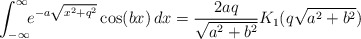
\begin{align*}\int_{-\infty}^{\infty}\!\! e^{-a\sqrt{x^{2}+q^{2}}} \cos(b x)\, dx = \frac{2 a q}{\sqrt{a^{2}+b^{2}}} K_{1}(q \sqrt{a^{2}+b^{2}})\end{align*}